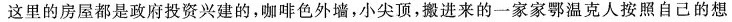
这里的房屋都是政府投资兴建的，咖啡色外墙，小尖顶，搬进来的一家家鄂温克人按照自己的想